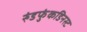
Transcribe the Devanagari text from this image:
रुंडफुंकडिनस्ट